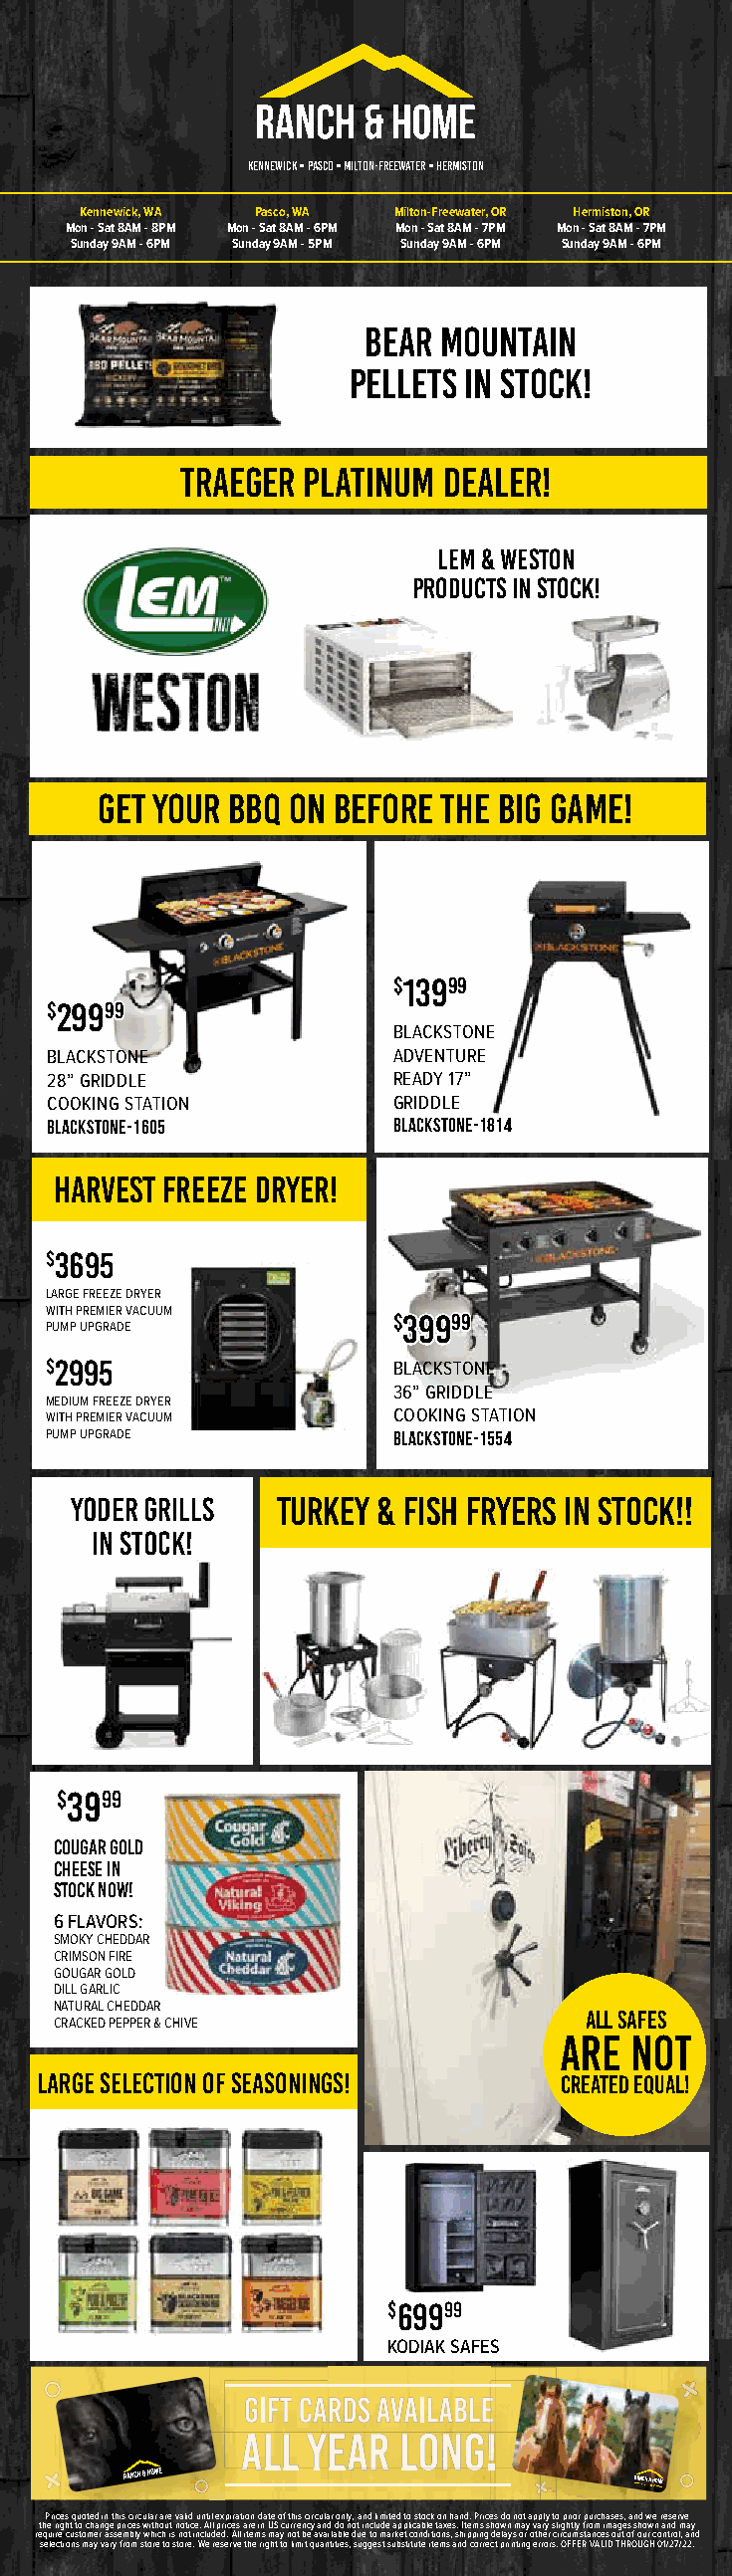
KENNEWICK • PASCO • MILTON-FREEWATER • HERMISTON
 Kennewick, WA Pasco, WA Milton-Freewater, OR Hermiston, OR
 Mon - Sat 8AM - 8PM Mon - Sat 8AM - 6PM Mon - Sat 8AM - 7PM Mon - Sat 8AM - 7PM
 Sunday 9AM - 6PM Sunday 9AM - 5PM Sunday 9AM - 6PM Sunday 9AM - 6PM
 bear mountain
 pellets in stock!
 TRAEGER PLATINUM DEALER!
 lem & weston
 products in stock!
 GET YOUR BBQ ON BEFORE THE BIG GAME!
 $$1133999999
 $$2299999999
 BLACKSTONE
 BLACKSTONE             ADVENTURE
 28” GRIDDLE            READY 17”
 COOKING STATION        GRIDDLE
 BLACKSTONE-1605        BLACKSTONE-1814
 harvest freeze dryer!
 $$33669955
 LARGE FREEZE DRYER
 WITH PREMIER VACUUM
 $$3399999999
 PUMP UPGRADE
 $$22999955             BLACKSTONE
 36” GRIDDLE
 MEDIUM FREEZE DRYER
 WITH PREMIER VACUUM    COOKING STATION
 PUMP UPGRADE           BLACKSTONE-1554
 yoder grills TURKEY & FISH FRYERS IN STOCK!!
 in stock!
 $3999
 COUGAR GOLD
 CHEESE IN
 STOCK NOW!
 6 FLAVORS:
 SMOKY CHEDDAR
 CRIMSON FIRE
 GOUGAR GOLD
 DILL GARLIC
 NATURAL CHEDDAR
 ALL SAFES
 CRACKED PEPPER & CHIVE
 ARE  NOT
 LARGE SELECTION of seasonings!     CREATED EQUAL!
 $69999
 KODIAK SAFES
 Prices quoted in this circular are valid until expiration date of this circular only, and limited to stock on hand. Prices do not apply to prior purchases, and we reserve
 the right to change prices without notice. All prices are in US currency and do not include applicable taxes. Items shown may vary slightly from images shown and may
 require customer assembly which is not included. All items may not be available due to market conditions, shipping delays or other circumstances out of our control, and
 selections may vary from store to store. We reserve the right to limit quantities, suggest substitute items and correct printing errors. OFFER VALID THROUGH 01/27/22.